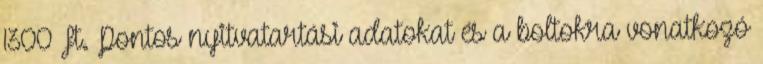
1300 Ft. Pontos nyitvatartási adatokat és a boltokra vonatkozó